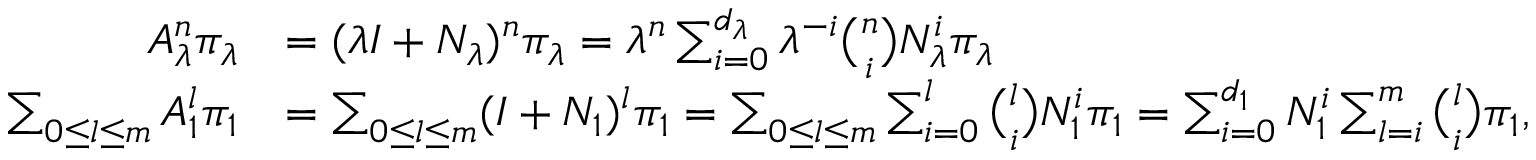
\begin{array} { r l } { A _ { \lambda } ^ { n } \pi _ { \lambda } } & { = ( \lambda I + N _ { \lambda } ) ^ { n } \pi _ { \lambda } = \lambda ^ { n } \sum _ { i = 0 } ^ { d _ { \lambda } } \lambda ^ { - i } { \binom { n } { i } } N _ { \lambda } ^ { i } \pi _ { \lambda } } \\ { \sum _ { 0 \le l \le m } A _ { 1 } ^ { l } \pi _ { 1 } } & { = \sum _ { 0 \le l \le m } ( I + N _ { 1 } ) ^ { l } \pi _ { 1 } = \sum _ { 0 \le l \le m } \sum _ { i = 0 } ^ { l } { \binom { l } { i } } N _ { 1 } ^ { i } \pi _ { 1 } = \sum _ { i = 0 } ^ { d _ { 1 } } N _ { 1 } ^ { i } \sum _ { l = i } ^ { m } { \binom { l } { i } } \pi _ { 1 } , } \end{array}